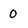
Character: 0